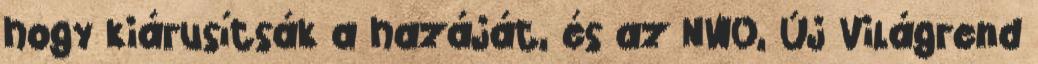
hogy kiárusítsák a hazáját, és az NWO, Új Világrend